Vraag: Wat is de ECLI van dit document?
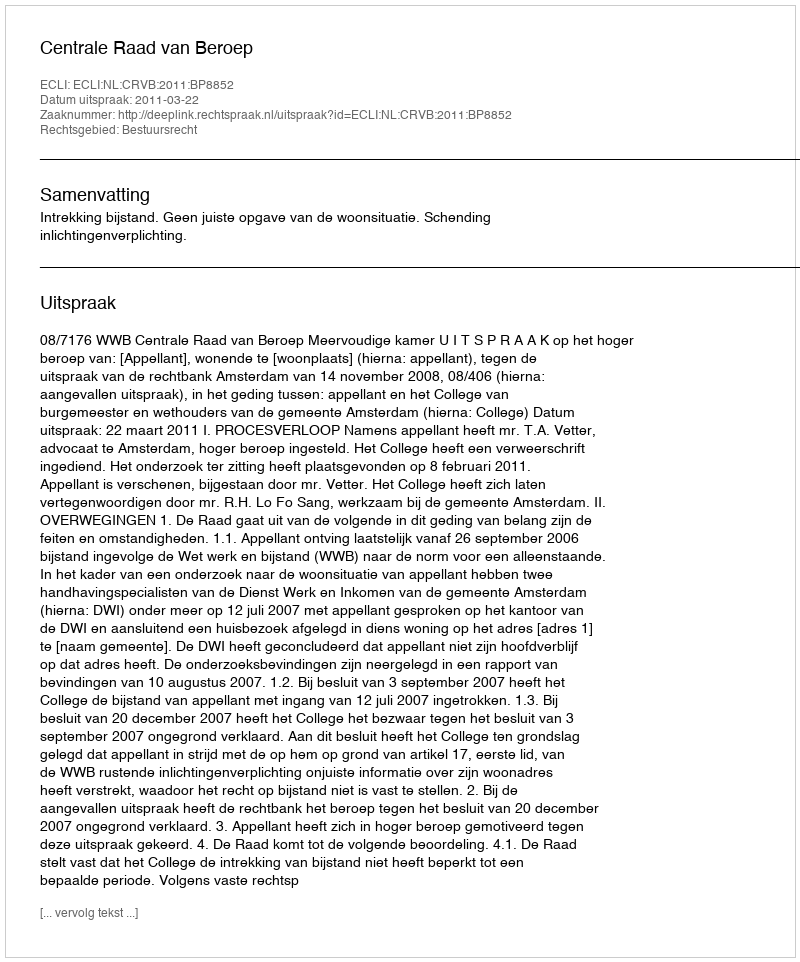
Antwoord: ECLI:NL:CRVB:2011:BP8852